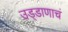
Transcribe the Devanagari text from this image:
उड्डाणाचं